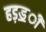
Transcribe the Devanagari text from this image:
हड़ॾी